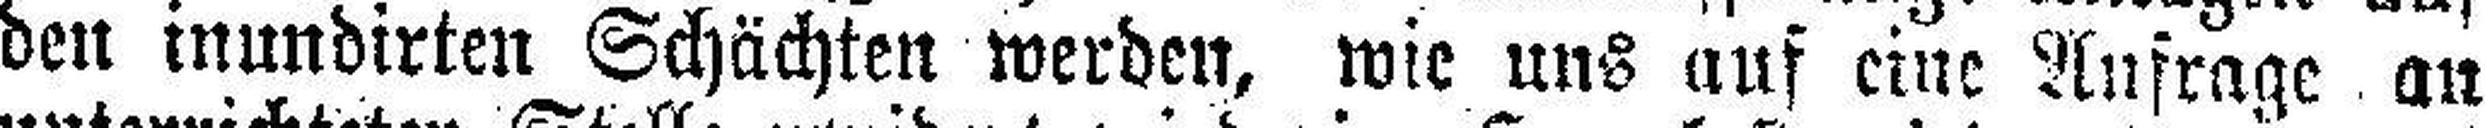
den inundirten Schächten werden, wie uns auf eine Aufrage an